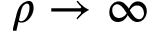
\rho \to \infty